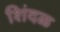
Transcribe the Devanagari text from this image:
शिंदळ